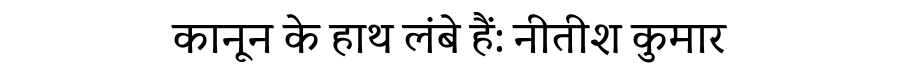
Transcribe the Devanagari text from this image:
कानून के हाथ लंबे हैं: नीतीश कुमार